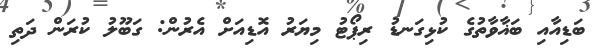
ބަޑިއާއި ބަޣާވާތުގެ ކުޅިގަނޑު ރިޕޯޓު މިޔަރު އޮޑިއަށް އެރުން: ގަބޫލު ކުރަން ދަތި